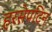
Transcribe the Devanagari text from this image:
हरसेपटिन